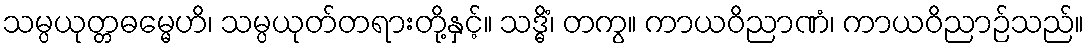
သမ္ပယုတ္တဓမ္မေဟိ၊ သမ္ပယုတ်တရားတို့နှင့်။ သဒ္ဓိံ၊ တကွ။ ကာယဝိညာဏံ၊ ကာယဝိညာဉ်သည်။